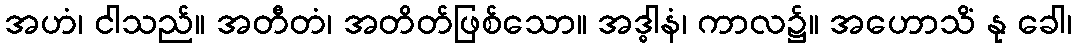
အဟံ၊ ငါသည်။ အတီတံ၊ အတိတ်ဖြစ်သော။ အဒ္ဓါနံ၊ ကာလ၌။ အဟောသိံ နု ခေါ၊